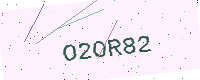
Text: O2OR82